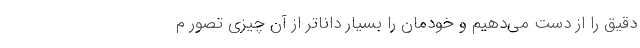
دقیق را از دست می‌دهیم و خودمان را بسیار داناتر از آن چیزی تصور م